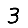
Digit: 3